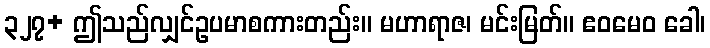
၃၂၇+ ဤသည်လျှင်ဥပမာစကားတည်း။ မဟာရာဇ၊ မင်းမြတ်။ ဧဝမေဝ ခေါ၊